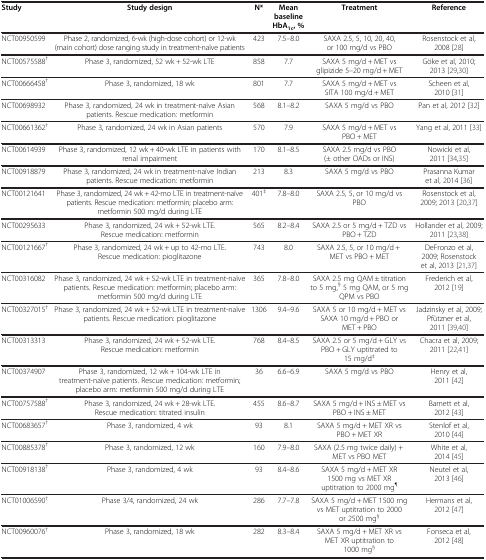
<table><thead><tr><td><b>Study</b></td><td><b>Study design</b></td><td><b>N*</b></td><td><b>Mean baseline HbA<sub>1c</sub>, %</b></td><td><b>Treatment</b></td><td><b>Reference</b></td></tr></thead><tbody><tr><td>NCT00950599</td><td>Phase 2, randomized, 6-wk (high-dose cohort) or 12-wk (main cohort) dose ranging study in treatment-naïve patients</td><td>423</td><td>7.5–8.0</td><td>SAXA 2.5, 5, 10, 20, 40, or 100 mg/d vs PBO</td><td>Rosenstock et al, 2008 [28]</td></tr><tr><td>NCT00575588<sup>†</sup></td><td>Phase 3, randomized, 52 wk + 52-wk LTE</td><td>858</td><td>7.7</td><td>SAXA 5 mg/d + MET vs glipizide 5–20 mg/d + MET</td><td>Göke et al, 2010; 2013 [29,30]</td></tr><tr><td>NCT00666458<sup>†</sup></td><td>Phase 3, randomized, 18 wk</td><td>801</td><td>7.7</td><td>SAXA 5 mg/d + MET vs SITA 100 mg/d + MET</td><td>Scheen et al, 2010 [31]</td></tr><tr><td>NCT00698932</td><td>Phase 3, randomized, 24 wk in treatment-naïve Asian patients. Rescue medication: metformin</td><td>568</td><td>8.1–8.2</td><td>SAXA 5 mg/d vs PBO</td><td>Pan et al, 2012 [32]</td></tr><tr><td>NCT00661362<sup>†</sup></td><td>Phase 3, randomized, 24 wk in Asian patients</td><td>570</td><td>7.9</td><td>SAXA 5 mg/d + MET vs PBO + MET</td><td>Yang et al, 2011 [33]</td></tr><tr><td>NCT00614939</td><td>Phase 3, randomized, 12 wk + 40-wk LTE in patients with renal impairment</td><td>170</td><td>8.1–8.5</td><td>SAXA 2.5 mg/d vs PBO (± other OADs or INS)</td><td>Nowicki et al, 2011 [34,35]</td></tr><tr><td>NCT00918879</td><td>Phase 3, randomized, 24 wk in treatment-naïve Indian patients. Rescue medication: metformin</td><td>213</td><td>8.3</td><td>SAXA 5 mg/d vs PBO</td><td>Prasanna Kumar et al, 2014 [36]</td></tr><tr><td>NCT00121641</td><td>Phase 3, randomized, 24 wk + 42-mo LTE in treatment-naïve patients. Rescue medication: metformin; placebo arm: metformin 500 mg/d during LTE</td><td>401<sup>‡</sup></td><td>7.8–8.0</td><td>SAXA 2.5, 5, or 10 mg/d vs PBO</td><td>Rosenstock et al, 2009; 2013 [20,37]</td></tr><tr><td>NCT00295633</td><td>Phase 3, randomized, 24 wk + 52-wk LTE. Rescue medication: metformin</td><td>565</td><td>8.2–8.4</td><td>SAXA 2.5 or 5 mg/d + TZD vs PBO + TZD</td><td>Hollander et al, 2009; 2011 [23,38]</td></tr><tr><td>NCT00121667<sup>†</sup></td><td>Phase 3, randomized, 24 wk + up to 42-mo LTE. Rescue medication: pioglitazone</td><td>743</td><td>8.0</td><td>SAXA 2.5, 5, or 10 mg/d + MET vs PBO + MET</td><td>DeFronzo et al, 2009; Rosenstock et al, 2013 [21,37]</td></tr><tr><td>NCT00316082</td><td>Phase 3, randomized, 24 wk + 52-wk LTE in treatment-naïve patients. Rescue medication: metformin; placebo arm: metformin 500 mg/d during LTE</td><td>365</td><td>7.8–8.0</td><td>SAXA 2.5 mg QAM ± titration to 5 mg,<sup>§</sup> 5 mg QAM, or 5 mg QPM vs PBO</td><td>Frederich et al, 2012 [19]</td></tr><tr><td>NCT00327015<sup>†</sup></td><td>Phase 3, randomized, 24 wk + 52-wk LTE in treatment-naïve patients. Rescue medication: pioglitazone</td><td>1306</td><td>9.4–9.6</td><td>SAXA 5 or 10 mg/d + MET vs SAXA 10 mg/d + PBO or MET + PBO</td><td>Jadzinsky et al, 2009; Pfützner et al, 2011 [39,40]</td></tr><tr><td>NCT00313313</td><td>Phase 3, randomized, 24 wk + 52-wk LTE. Rescue medication: metformin</td><td>768</td><td>8.4–8.5</td><td>SAXA 2.5 or 5 mg/d + GLY vs PBO + GLY uptitrated to 15 mg/d<sup>‡</sup></td><td>Chacra et al, 2009; 2011 [22,41]</td></tr><tr><td>NCT00374907</td><td>Phase 3, randomized, 12 wk + 104-wk LTE in treatment-naïve patients. Rescue medication: metformin; placebo arm: metformin 500 mg/d during LTE</td><td>36</td><td>6.6–6.9</td><td>SAXA 5 mg/d vs PBO</td><td>Henry et al, 2011 [42]</td></tr><tr><td>NCT00757588<sup>†</sup></td><td>Phase 3, randomized, 24 wk + 28-wk LTE. Rescue medication: titrated insulin</td><td>455</td><td>8.6–8.7</td><td>SAXA 5 mg/d + INS ± MET vs PBO + INS ± MET</td><td>Barnett et al, 2012 [43]</td></tr><tr><td>NCT00683657<sup>†</sup></td><td>Phase 3, randomized, 4 wk</td><td>93</td><td>8.1</td><td>SAXA 5 mg/d + MET XR vs PBO + MET XR</td><td>Stenlof et al, 2010 [44]</td></tr><tr><td>NCT00885378<sup>†</sup></td><td>Phase 3, randomized, 12 wk</td><td>160</td><td>7.9–8.0</td><td>SAXA (2.5 mg twice daily) + MET vs PBO MET</td><td>White et al, 2014 [45]</td></tr><tr><td>NCT00918138<sup>†</sup></td><td>Phase 3, randomized, 4 wk</td><td>93</td><td>8.4–8.6</td><td>SAXA 5 mg/d + MET XR 1500 mg vs MET XR uptitration to 2000 mg<sup>¶</sup></td><td>Neutel et al, 2013 [46]</td></tr><tr><td>NCT01006590<sup>†</sup></td><td>Phase 3/4, randomized, 24 wk</td><td>286</td><td>7.7–7.8</td><td>SAXA 5 mg/d + MET 1500 mg vs MET uptitration to 2000 or 2500 mg<sup>§</sup></td><td>Hermans et al, 2012 [47]</td></tr><tr><td>NCT00960076<sup>†</sup></td><td>Phase 3, randomized, 18 wk</td><td>282</td><td>8.3–8.4</td><td>SAXA 5 mg/d + MET XR vs MET XR uptitration to 1000 mg<sup>§</sup></td><td>Fonseca et al, 2012 [48]</td></tr></tbody></table>